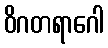
ဝိဂတရာဂေါ